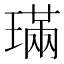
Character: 璊